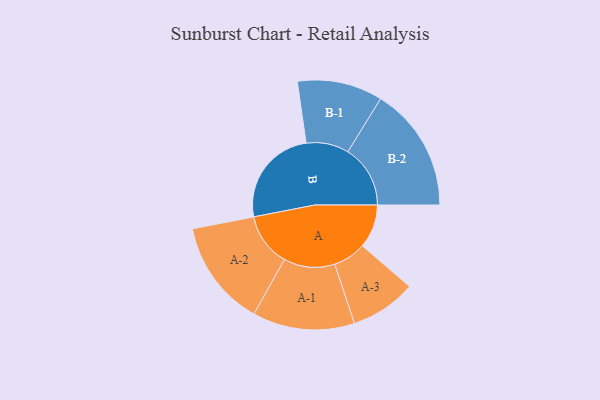
{"axis": {"x": "Segment", "y": "Value"}, "legend": ["", "A", "B"], "data": [{"x": "A", "y": 176, "type": ""}, {"x": "B", "y": 401, "type": ""}, {"x": "A-1", "y": 206, "type": "A"}, {"x": "A-2", "y": 215, "type": "A"}, {"x": "A-3", "y": 133, "type": "A"}, {"x": "B-1", "y": 172, "type": "B"}, {"x": "B-2", "y": 252, "type": "B"}]}